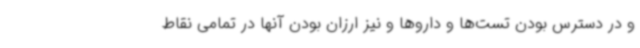
و در دسترس بودن تست‌ها و داروها و نیز ارزان بودن آنها در تمامی نقاط